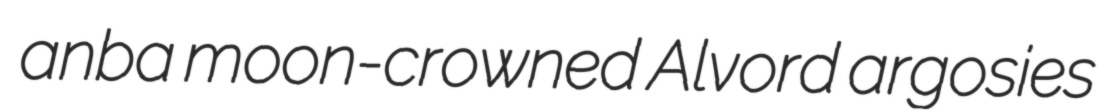
anba moon-crowned Alvord argosies